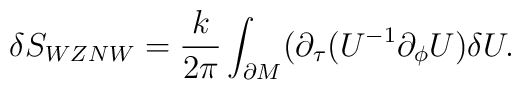
\delta S_{WZNW} = \frac{k}{2 \pi} \int_{\partial M} (\partial_{\tau}( U^{-1}\partial_{\phi}U) \delta U.